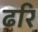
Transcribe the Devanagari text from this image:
ढरि